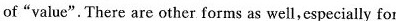
of"value".There are other forms as well,especially for